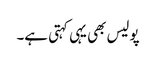
پولیس بھی یہی کہتی ہے۔